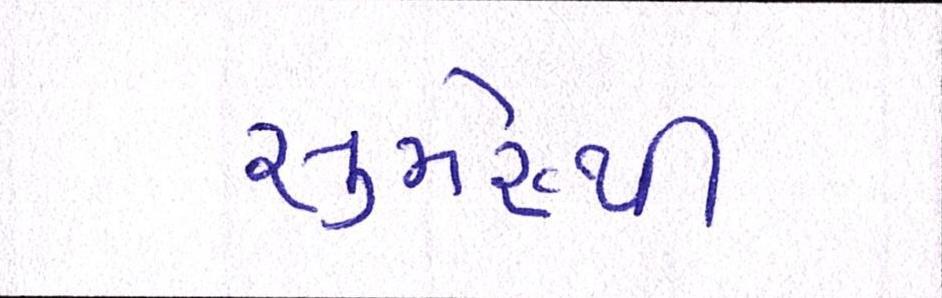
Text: સુમેરૂથી